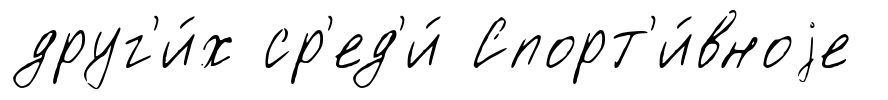
друг'и́х ср'ед'и́ Спорт'и́вноjе